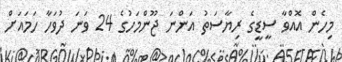
މިހެންް އޮއްވާ ސީޑީގެ ރިޔާސަތު އަންނަ ޖޫންމަހުގެ 24 ވަނަ ދުވަހާ ހަަމައަށް